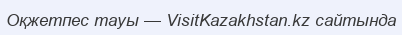
Оқжетпес тауы — VisitKazakhstan.kz сайтында